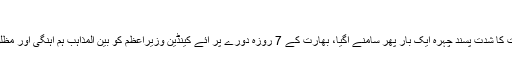
فروری 21, 2018	1,004 Views
نئی دہلی(مانیٹرنگ ڈیسک) بھارتی وزیراعظم نریندر مودی اور اُن کی حکومت کا شدت پسند چہرہ ایک بار پھر سامنے آگیا، بھارت کے 7 روزہ دورے پر آئے کینڈین وزیراعظم کو بین المذاہب ہم آہنگی اور مظلوم مسلمانوں کے حق میں آواز اٹھانے پر سرکاری پروٹوکول تک نہیں دیا گیا۔